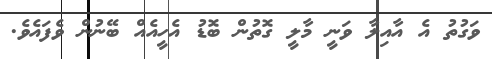
ވަގުތު އެ އާއިލާ ވަނީ މާލީ ގޮތުން ބޮޑު އެހީއެއް ބޭނުން ވެފައެވެ.